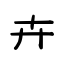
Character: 卉